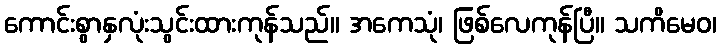
ကောင်းစွာနှလုံးသွင်းထားကုန်သည်။ အကေသုံ၊ ဖြစ်လေကုန်ပြီ။ သကိမေဝ၊